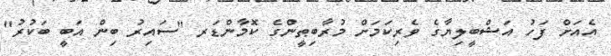
އެއަށް ފަހު އަޝްބީލިޔާގެ ވެރިކަމަށް މުރާބިޠީންގެ ކޮމާންޑަރ ''ސައިރު ބިން އަބީ ބަކުރު''